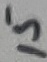
Text: 15